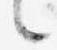
言